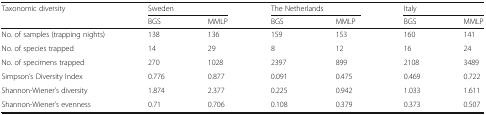
<table><thead><tr><td rowspan="2"><b>Taxonomic diversity</b></td><td colspan="2"><b>Sweden</b></td><td colspan="2"><b>The Netherlands</b></td><td colspan="2"><b>Italy</b></td></tr><tr><td><b>BGS</b></td><td><b>MMLP</b></td><td><b>BGS</b></td><td><b>MMLP</b></td><td><b>BGS</b></td><td><b>MMLP</b></td></tr></thead><tbody><tr><td>No. of samples (trapping nights)</td><td>138</td><td>136</td><td>159</td><td>153</td><td>160</td><td>141</td></tr><tr><td>No. of species trapped</td><td>14</td><td>29</td><td>8</td><td>12</td><td>16</td><td>24</td></tr><tr><td>No. of specimens trapped</td><td>270</td><td>1028</td><td>2397</td><td>899</td><td>2108</td><td>3489</td></tr><tr><td>Simpson’s Diversity Index</td><td>0.776</td><td>0.877</td><td>0.091</td><td>0.475</td><td>0.469</td><td>0.722</td></tr><tr><td>Shannon-Wiener’s diversity</td><td>1.874</td><td>2.377</td><td>0.225</td><td>0.942</td><td>1.033</td><td>1.611</td></tr><tr><td>Shannon-Wiener’s evenness</td><td>0.71</td><td>0.706</td><td>0.108</td><td>0.379</td><td>0.373</td><td>0.507</td></tr></tbody></table>